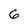
Character: G